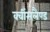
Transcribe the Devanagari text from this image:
क्वींसलैण्ड